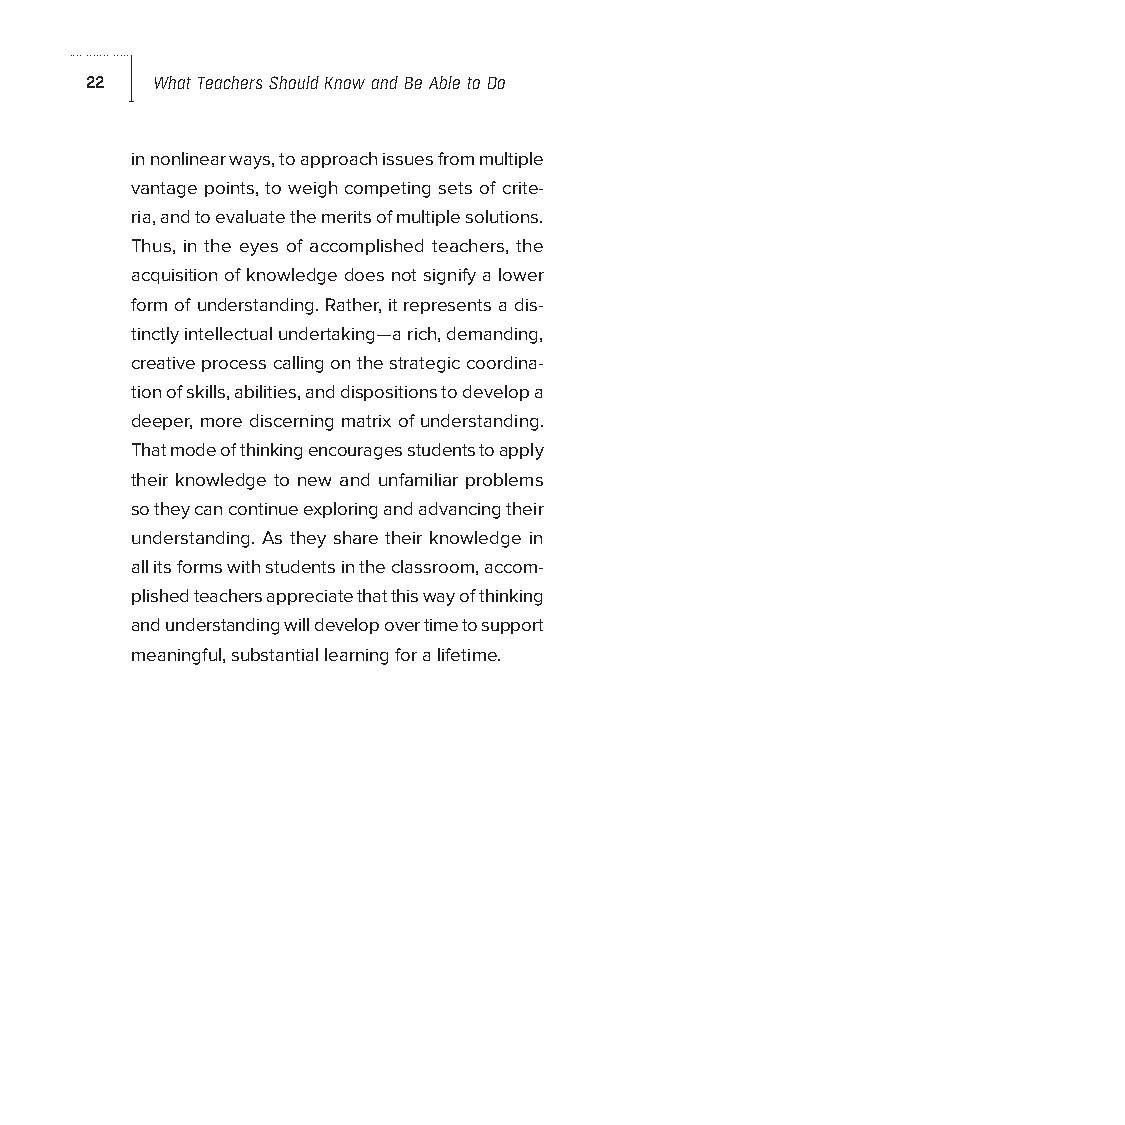
22  What Teachers Should Know and Be Able to Do
 in nonlinear ways, to approach issues from multiple
 vantage points, to weigh competing sets of crite-
 ria, and to evaluate the merits of multiple solutions.
 Thus, in the eyes of accomplished teachers, the
 acquisition of knowledge does not signify a lower
 form of understanding. Rather, it represents a dis-
 tinctly intellectual undertaking—a rich, demanding,
 creative process calling on the strategic coordina-
 tion of skills, abilities, and dispositions to develop a
 deeper, more discerning matrix of understanding.
 That mode of thinking encourages students to apply
 their knowledge to new and unfamiliar problems
 so they can continue exploring and advancing their
 understanding. As they share their knowledge in
 all its forms with students in the classroom, accom-
 plished teachers appreciate that this way of thinking
 and understanding will develop over time to support
 meaningful, substantial learning for a lifetime.